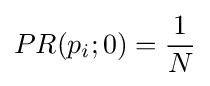
PR(p_{i};0)={\frac {1}{N}}